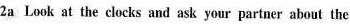
2a Look at the clocks and ask your partner about the